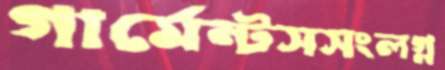
গার্মেন্টসসংলগ্ন